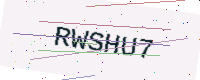
Text: RWSHU7